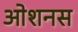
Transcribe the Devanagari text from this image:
ओशनस